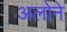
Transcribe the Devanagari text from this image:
अलोने